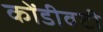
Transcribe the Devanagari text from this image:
कोंडीवटी